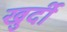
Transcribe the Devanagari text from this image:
खुर्दी